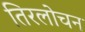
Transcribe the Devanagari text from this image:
तिरलोचन